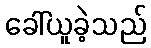
ခေါ်ယူခဲ့သည်